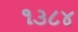
૧૩૮૪